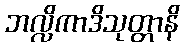
ဘလ္လိကာဒိသုတ္တာနိ